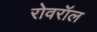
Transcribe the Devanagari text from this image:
रोवरॉल